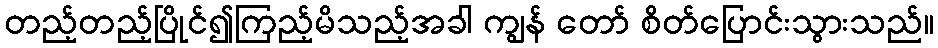
တည့်တည့်ပြိုင်၍ကြည့်မိသည့်အခါ ကျွန် တော် စိတ်ပြောင်းသွားသည်။